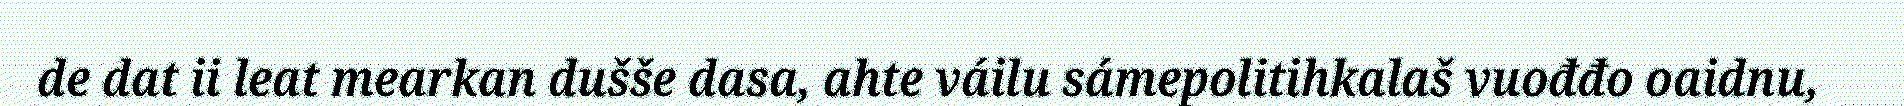
de dat ii leat mearkan dušše dasa, ahte váilu sámepolitihkalaš vuođđo oaidnu,